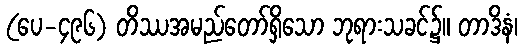
(ပေ-၄၉၆) တိဿအမည်တော်ရှိသော ဘုရားသခင်၌။ တာဒိနံ၊